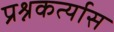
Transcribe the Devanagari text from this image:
प्रश्नकर्त्यास